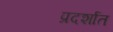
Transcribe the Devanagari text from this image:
प्रदर्शात